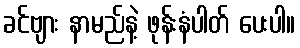
ခင်ဗျား နာမည်နဲ့ ဖုန်းနံပါတ် ပေးပါ။